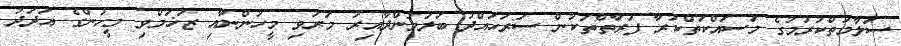
ސަލާމަތްކުރުމުގެ މަސައްކަތްކުރާ ފަރާތްތަކުން ސަރަހައްދު ބަލަމުންދާއިރު މަރުވި މީހުންނާއި ޒަޚަމްވި މީހުންގެ އަދަދު